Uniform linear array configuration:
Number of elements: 24
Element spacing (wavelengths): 0.75
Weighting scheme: kaiser
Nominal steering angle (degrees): -60
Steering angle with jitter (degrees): -59.328
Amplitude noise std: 0.05
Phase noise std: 0.05

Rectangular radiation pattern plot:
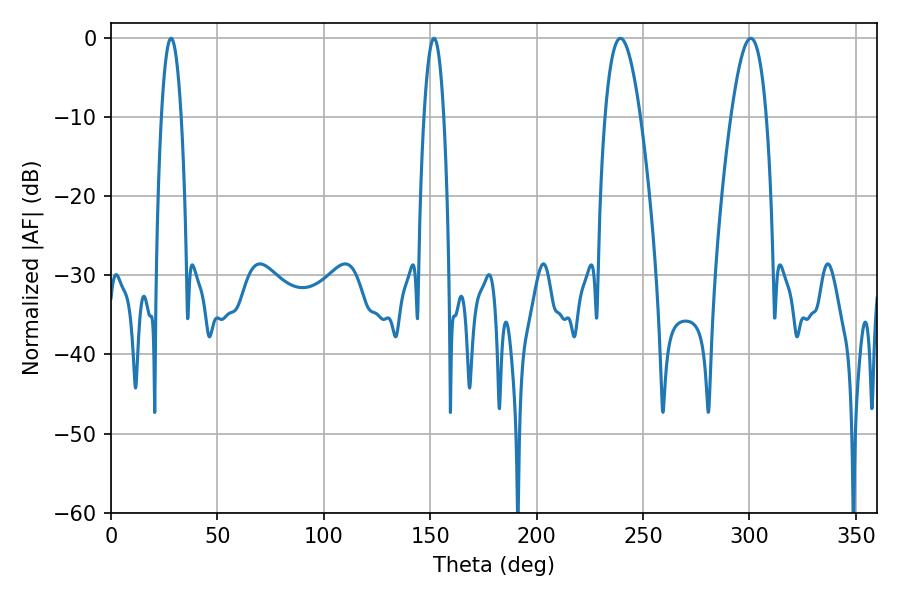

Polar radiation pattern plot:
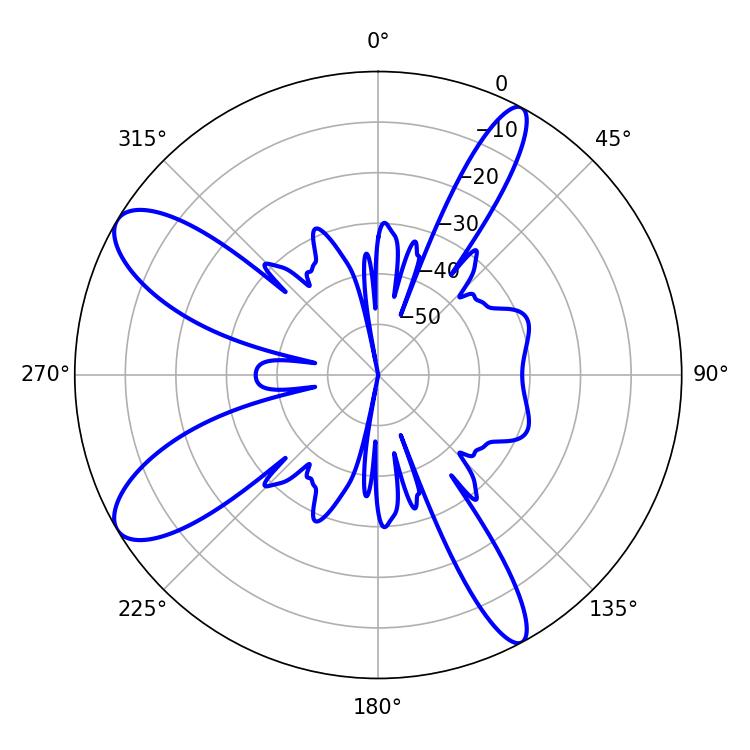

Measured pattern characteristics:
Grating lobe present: TRUE
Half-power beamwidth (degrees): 9.18
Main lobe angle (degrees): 239.4